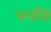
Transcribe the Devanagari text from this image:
चर्चांनी